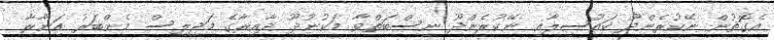
އެގޮތުން ނޭކުރެންދޫ ކައުސިލާއި ނޭކުރެންދޫ ނިސްބަތްވާ މަކުނުދޫ ދާއިރާގެ މަޖިލިސް މެންބަރު އަނާރާ